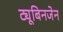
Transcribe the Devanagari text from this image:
ट्यूबिनजेन